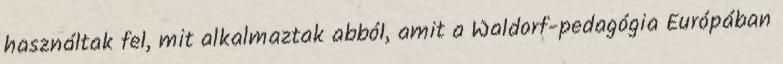
használtak fel, mit alkalmaztak abból, amit a Waldorf-pedagógia Európában